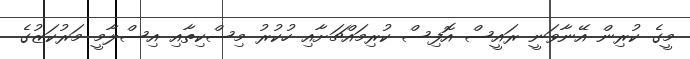
މީގެ ކުރިން އޭނާވަނީ ރައީސް އޮފިސް ކުރިމައްޗަށާއި ހުކުރު މިސްކިތާއި އިސްލާމީ މަރުކަޒުގެ